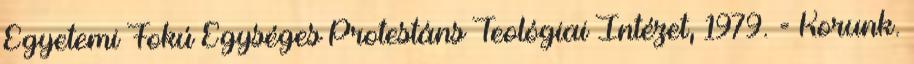
Egyetemi Fokú Egységes Protestáns Teológiai Intézet, 1979. = Korunk.